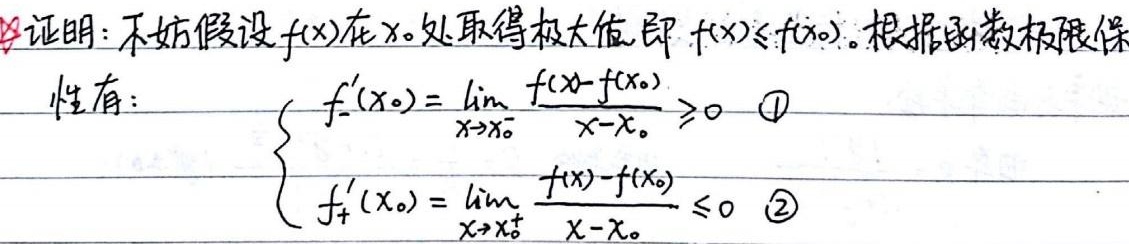
证明：不妨假设\(f(x)\)在\(x_0\)处取得极大值，即\(f(x)\leq f(x_0)\)。根据函数极限保号性有：
\(\begin{cases}
f_{-}'(x_0)=\lim\limits_{x \to x_0^{-}}\frac{f(x)-f(x_0)}{x - x_0}\geq0 \quad\text{\textcircled{1}}\\
f_{+}'(x_0)=\lim\limits_{x \to x_0^{+}}\frac{f(x)-f(x_0)}{x - x_0}\leq0 \quad\text{\textcircled{2}}
\end{cases}\)